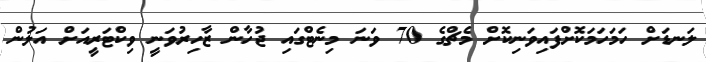
ލަނޑަށް ހަމަހަމަކޮށްފައިވަނިކޮށް މެޗްގެ 70 ވަނަ މިނެޓްގައި ޖުހާން ޒާހިރުވަނީ ވިކްޓަރީއަށް އަލުން